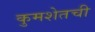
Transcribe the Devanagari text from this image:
कुमशेतची